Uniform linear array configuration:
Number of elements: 16
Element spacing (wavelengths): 0.25
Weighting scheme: hamming
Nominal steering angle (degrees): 30
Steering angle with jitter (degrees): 31.651
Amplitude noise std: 0.05
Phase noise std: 0.05

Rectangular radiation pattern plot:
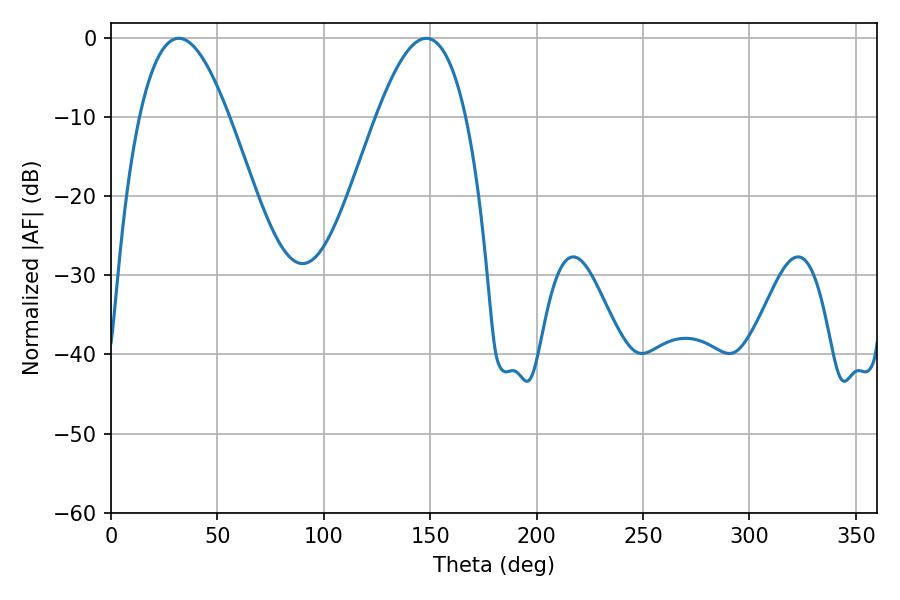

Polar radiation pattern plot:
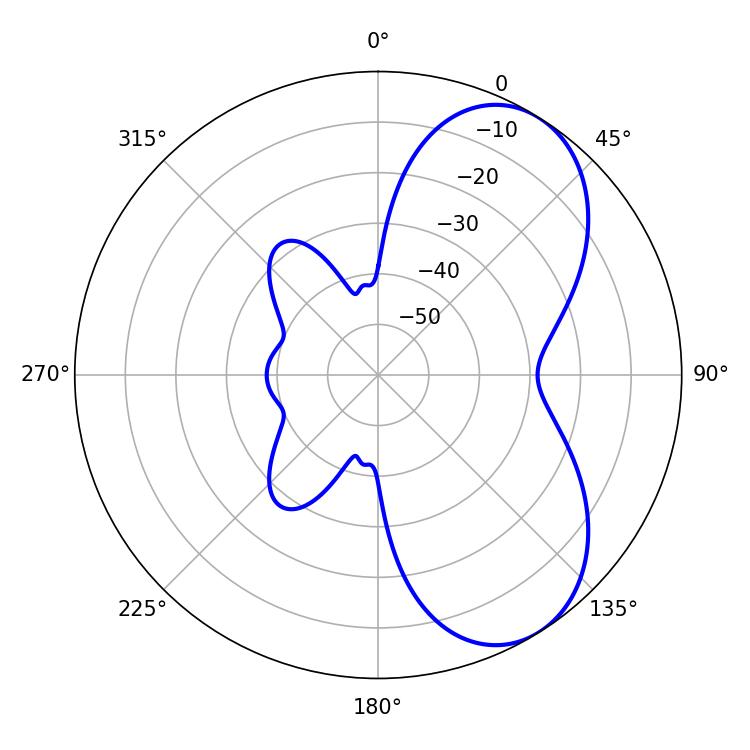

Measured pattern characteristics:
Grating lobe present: FALSE
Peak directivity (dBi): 6.277
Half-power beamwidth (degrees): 22.86
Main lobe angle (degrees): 31.86